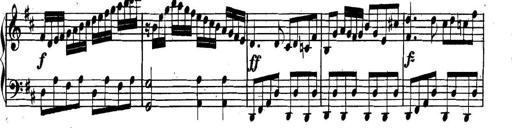
Title: Collected Piano Sonatas
Composer: Muzio Clementi